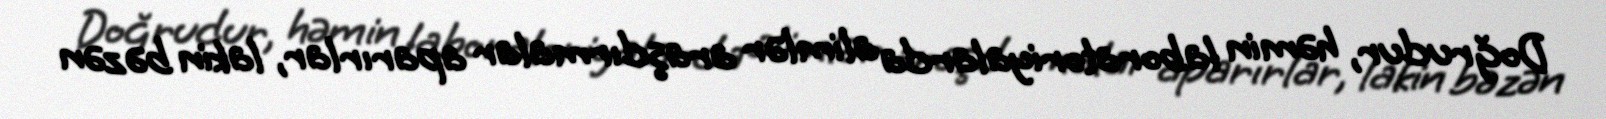
Doğrudur, həmin laboratoriyalarda alimlər araşdırmalar aparırlar, lakin bəzən